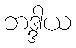
ဘဒ္ဒါယ